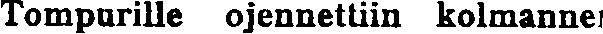
Tompurille ojennettiin kolmannen